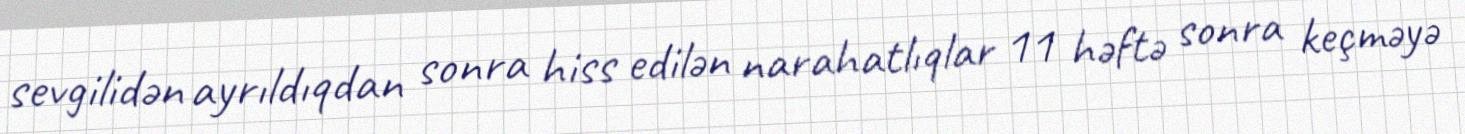
sevgilidən ayrıldıqdan sonra hiss edilən narahatlıqlar 11 həftə sonra keçməyə